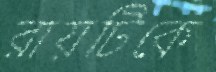
রায়টিকে